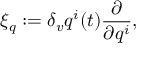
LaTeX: \xi _ { q } : = \delta _ { v } q ^ { i } ( t ) \frac { \partial } { \partial q ^ { i } } ,